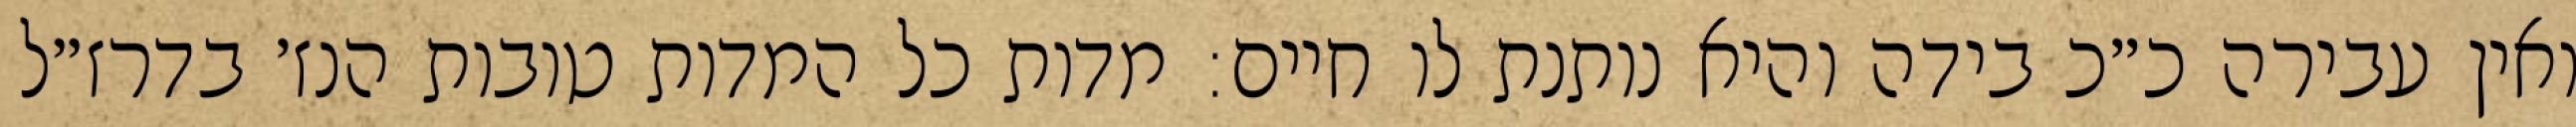
ואין עבירה כ״כ בידה והיא נותנת לו חיים: מדות כל המדות טובות הנז׳ בדרז״ל